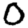
Digit: 0